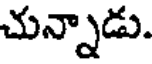
చున్నాడు.